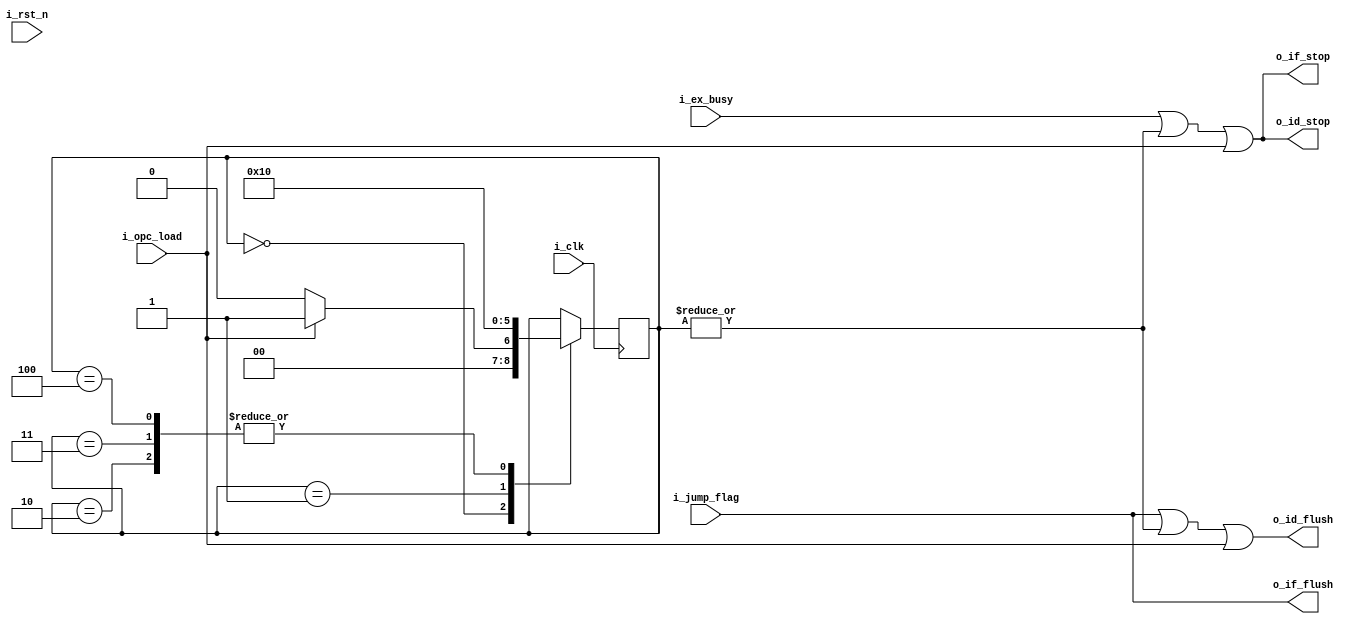








//
module CTRL (
    input wire i_clk,
    input wire i_rst_n,
    
    input wire i_jump_flag,
    input wire i_ex_busy,


    // input wire[4:0] i_id_rs1_addr,
    // input wire[4:0] i_id_rs2_addr,
    // input wire[4:0] i_rb_rd_addr,
    //loadload
    //3
    input wire i_opc_load,

    output wire o_if_stop,
    output wire o_if_flush,
    
    output wire o_id_stop,
    output wire o_id_flush

);
    
    
    
    
    //wire clash = (|i_rb_rd_addr) ? ((i_rb_rd_addr == i_id_rs1_addr) | (i_rb_rd_addr == i_id_rs2_addr)) : 0;


    reg[2:0] is_opc_load;

    initial begin
        is_opc_load <= 0;
    end

    always @(negedge i_clk) begin
        case (is_opc_load)
            3'd0:begin
                is_opc_load <= i_opc_load ? 3'd1 : 0;//id_ex
            end
            3'd1: begin
                is_opc_load <= 3'd2;//ex_mem
            end
            3'd2: begin
                is_opc_load <= 3'd0; //mem_rb
            end
            3'd3: begin
                is_opc_load <= 3'd0;
            end
            3'd4: begin
                is_opc_load <= 3'd0;
            end
        endcase
    
        
    end
    
    assign o_if_stop = i_ex_busy | (|is_opc_load) | i_opc_load;
    assign o_if_flush = i_jump_flag ;
    

    
    assign o_id_stop = i_ex_busy | (|is_opc_load) | i_opc_load;
    assign o_id_flush = i_jump_flag | (|is_opc_load) | i_opc_load;


endmodule